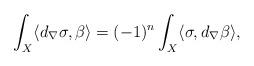
LaTeX: \begin{align*} \int_{X} \langle d_{\nabla}\sigma, \beta\rangle= (-1)^{n}\int_{X} \langle \sigma , d_{\nabla}\beta \rangle, \end{align*}